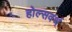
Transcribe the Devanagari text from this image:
होल्सवर्थ